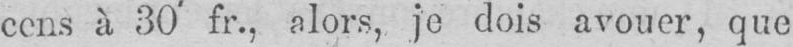
cens à 30’ fr., alors, je dois avouer, que